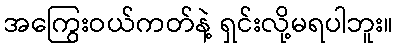
အကြွေးဝယ်ကတ်နဲ့ ရှင်းလို့မရပါဘူး။